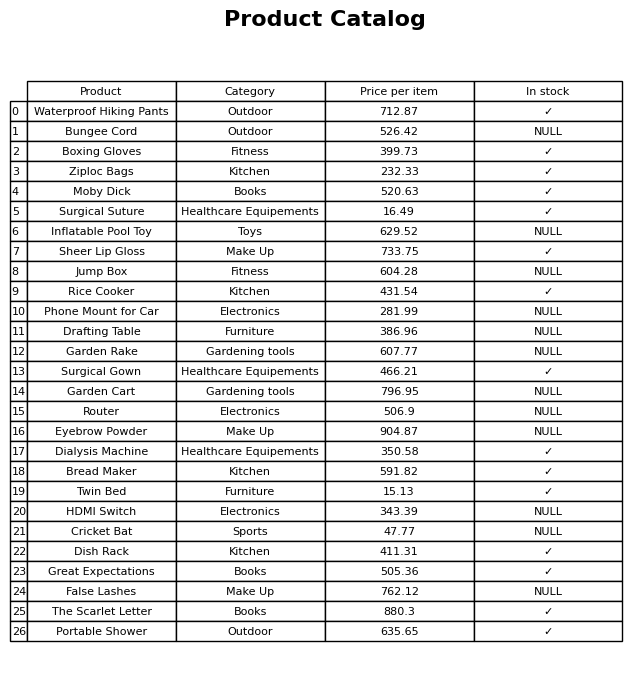
question: What is the price of the Moby Dick?
answer: The price of Moby Dick is 520.63.